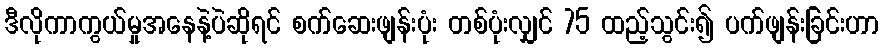
ဒီလိုကာကွယ်မှုအနေနဲ့ပဲဆိုရင် စက်ဆေးဖျန်းပုံး တစ်ပုံးလျှင် 75 ထည့်သွင်း၍ ပက်ဖျန်းခြင်းဟာ